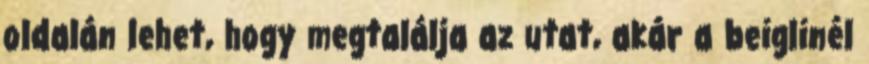
oldalán lehet, hogy megtalálja az utat, akár a beiglinél